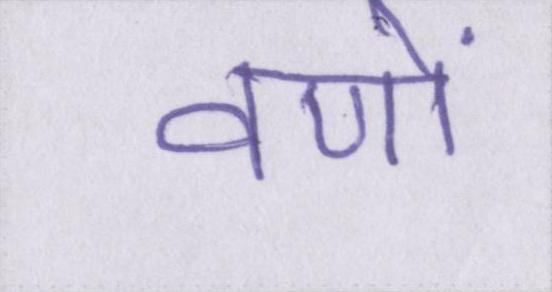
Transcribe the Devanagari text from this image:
वणों